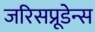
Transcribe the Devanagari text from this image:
जरिसप्रूडेन्स